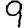
Digit: 9